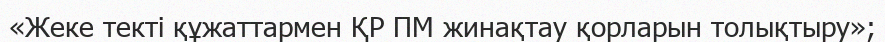
«Жеке текті құжаттармен ҚР ПМ жинақтау қорларын толықтыру»;